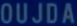
OUJDA